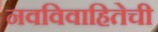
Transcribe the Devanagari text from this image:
नवविवाहितेची